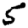
Digit: 5